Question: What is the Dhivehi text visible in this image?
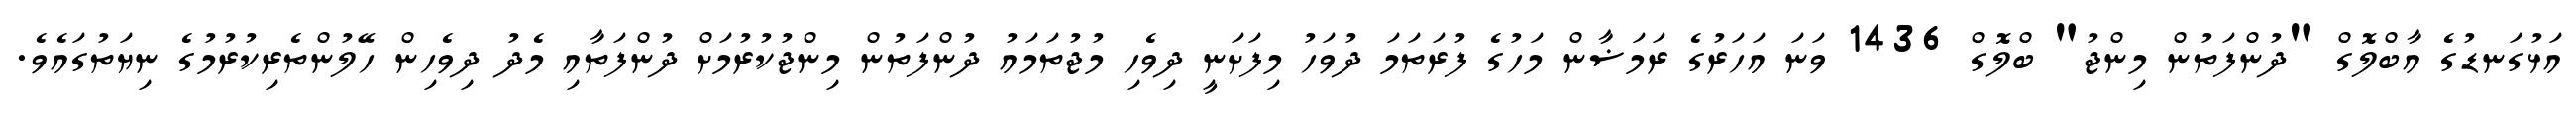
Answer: އަޅުގަނޑުގެ އާބްލޮގް "ދުންފަތުން މިންޖު" ބްލޮގް 1436 ވަނަ އަހަރުގެ ރަމަޟާން މަހުގެ ފުރަތަމަ ދުވަހު މިފަށަނީ ދިވެހި މުޖުތަމައު ދުންފަތުން މިންޖުކުރުމަށް ދުންފަތާއި މެދު ދިވެހިން ހޭލުންތެރިކުރުމުގެ ނިޔަތުގައެވެ.